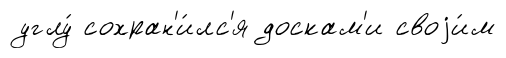
углу́ сохран'и́лс'я доскам'и своjи́м